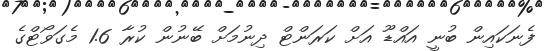
ފެނަކައިން ބުނީ އައްޑޫ އަށް ކަރަންޓް ދިނުމަށް ބޭނުން ކުރާ 1.6 މެގަވޯޓްގެ